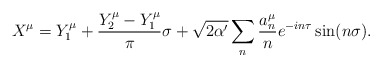
\begin{align*}X^\mu=Y_1^\mu+{Y_2^\mu-Y_1^\mu\over \pi}\sigma +\sqrt{2\alpha^\prime}\sum_n {a_n^\mu\over n} e^{-in\tau}\sin(n\sigma).\end{align*}